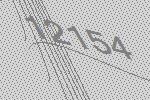
12154